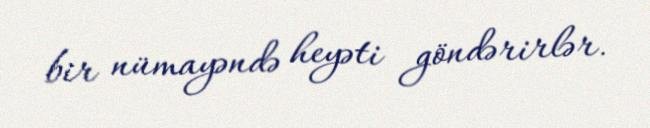
bir nümayəndə heyəti göndərirlər.